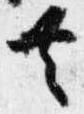
共